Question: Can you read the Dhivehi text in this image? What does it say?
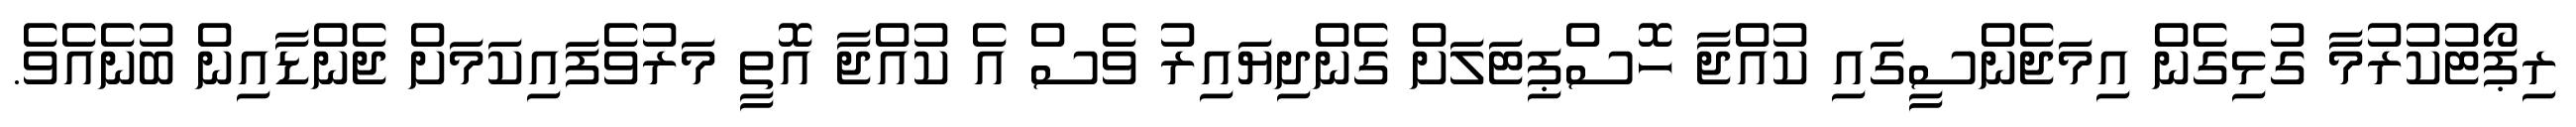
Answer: ރިޕޯޓުކުރުމާ ގުޅިގެން އިމަޖެންސީގައި ކުއްޖާ ހޮސްޕިޓަލަށް ގެންދިޔައިރު ވެސް އެ ކުއްޖާ އޮތީ މަރުވެފައިކަމަށް ޖެންޑާއިން ބުނެއެވެ.